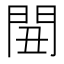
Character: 𨳞